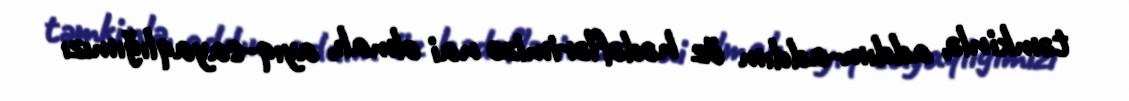
təmkinlə, addım-addım öz hədəflərimizə nai olmalı, ayıq-sayaqlığımızı